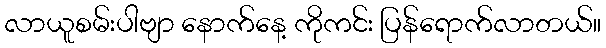
လာယူစမ်းပါဗျာ နောက်နေ့ ကိုကင်း ပြန်ရောက်လာတယ်။